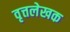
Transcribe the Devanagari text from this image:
वृत्तलेखक